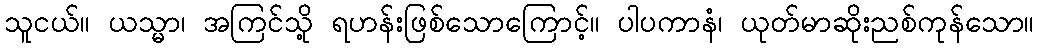
သူငယ်။ ယသ္မာ၊ အကြင်သို့ ရဟန်းဖြစ်သောကြောင့်။ ပါပကာနံ၊ ယုတ်မာဆိုးညစ်ကုန်သော။